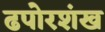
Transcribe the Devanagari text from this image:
ढपोरशंख